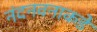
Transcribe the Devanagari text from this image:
नंदनवनाकडे